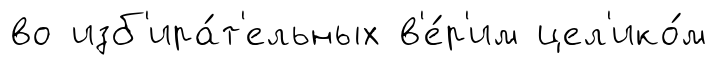
во изб'ира́т'ельных в'е́р'им цел'ико́м